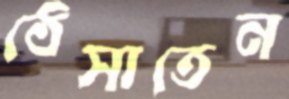
ঠেসাতেন